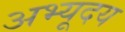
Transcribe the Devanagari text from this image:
अभ्यूदय